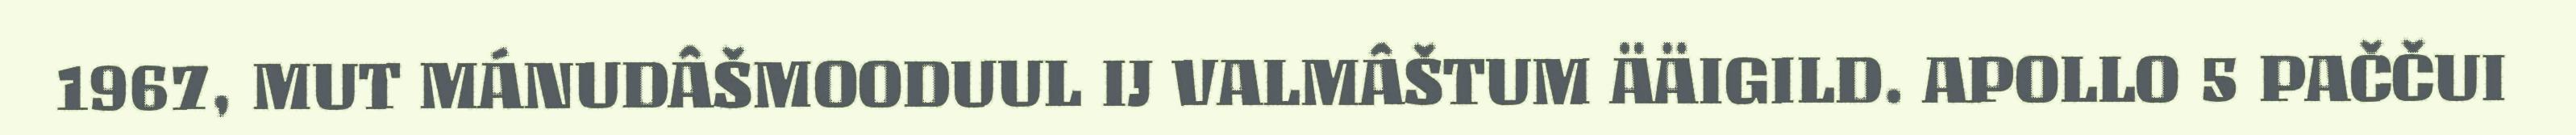
1967, MUT MÁNUDÂŠMOODUUL IJ VALMÂŠTUM ÄÄIGILD. APOLLO 5 PAČČUI